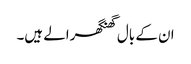
ان کے بال گھنگھرالے ہیں۔